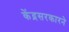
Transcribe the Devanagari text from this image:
केंद्रसरकारने